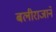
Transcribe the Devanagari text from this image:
बलीराजाने